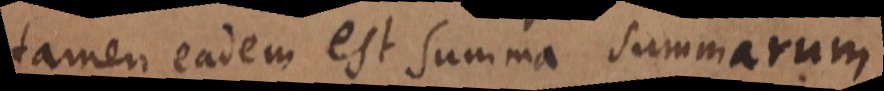
tamen eadem est summa summarum